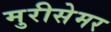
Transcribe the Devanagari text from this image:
मुरीसेमर